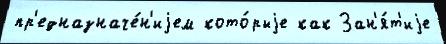
пр'едназначе́н'иjем кото́рыjе как Зан'я́т'иjе